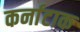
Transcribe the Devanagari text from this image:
कर्नाटाक